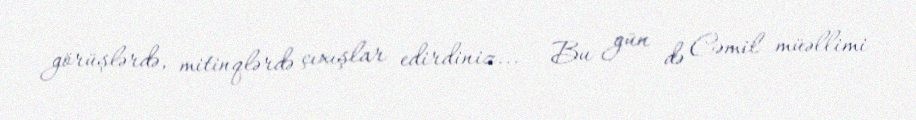
görüşlərdə, mitinqlərdə çıxışlar edirdiniz... - Bu gün də Cəmil müəllimi